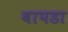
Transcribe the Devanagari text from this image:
बापडा